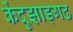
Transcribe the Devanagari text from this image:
केंदुझाड़गढ